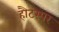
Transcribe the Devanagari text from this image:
हौटस्पर